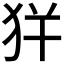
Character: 𤝪